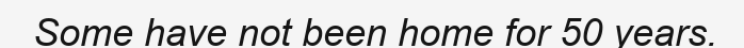
Some have not been home for 50 years.